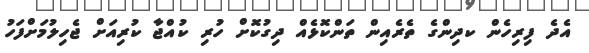
އެދެ ފިރިހެން ކދިންގެ ތެރެއިން ތަންކޮޅެއް ދިގުކޮށް ހުރި ކުއްޖާ ކުރިއަށް ޖެހިލުމަށްފަހު